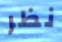
نظر